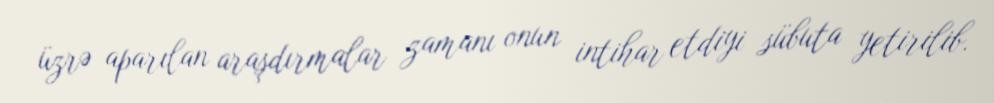
üzrə aparılan araşdırmalar zamanı onun intihar etdiyi sübuta yetirilib.